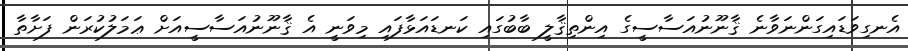
އެނގިވަޑައިގަންނަވާނެ ޤާނޫނުއަސާސީގެ އިންތިޤާލީ ބާބުގައި ކަނޑައަޅާފައި މިވަނީ އެ ޤާނޫނުއަސާސީއަށް ޢަމަލުކުރަން ފަށާތާ